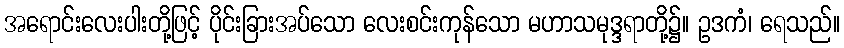
အရောင်းလေးပါးတို့ဖြင့် ပိုင်းခြားအပ်သော လေးစင်းကုန်သော မဟာသမုဒ္ဒရာတို့၌။ ဥဒကံ၊ ရေသည်။